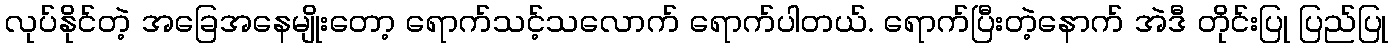
လုပ်နိုင်တဲ့ အခြေအနေမျိုးတော့ ရောက်သင့်သလောက် ရောက်ပါတယ်. ရောက်ပြီးတဲ့နောက် အဲဒီ တိုင်းပြု ပြည်ပြု